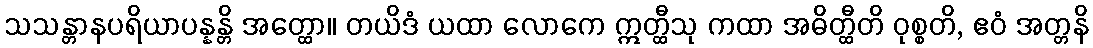
သသန္တာနပရိယာပန္နန္တိ အတ္ထော။ တယိဒံ ယထာ လောကေ ဣတ္ထီသု ကထာ အဓိတ္ထီတိ ဝုစ္စတိ, ဧဝံ အတ္တနိ